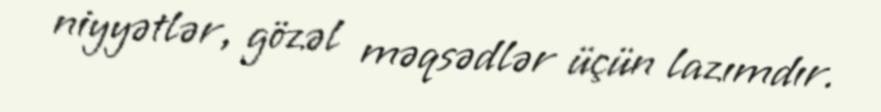
niyyətlər, gözəl məqsədlər üçün lazımdır.